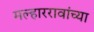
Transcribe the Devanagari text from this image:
मल्हाररावांच्या